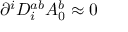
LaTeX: \partial ^ { i } D _ { i } ^ { a b } A _ { 0 } ^ { b } \approx 0